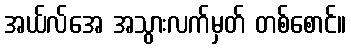
အယ်လ်အေ အသွားလက်မှတ် တစ်စောင်။